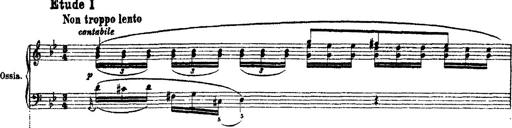
Title: Ã‰tudes d'exÃ©cution transcendante d'aprÃ¨s Paganini
Composer: Franz Liszt